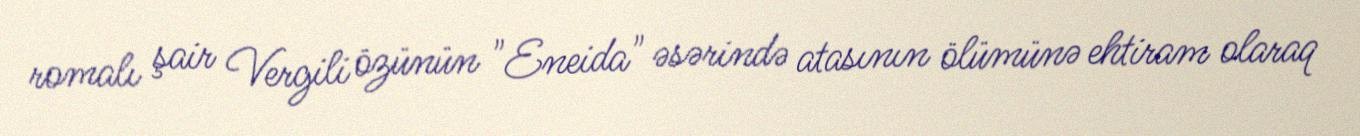
romalı şair Vergili özünün "Eneida" əsərində atasının ölümünə ehtiram olaraq